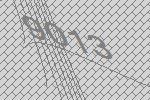
9013